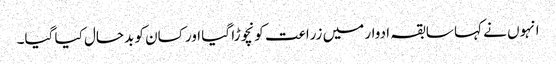
انہوں نے کہا سابقہ ادوار میں زراعت کو نچوڑا گیا اور کسان کو بدحال کیا گیا۔